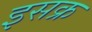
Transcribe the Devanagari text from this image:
इसक्र